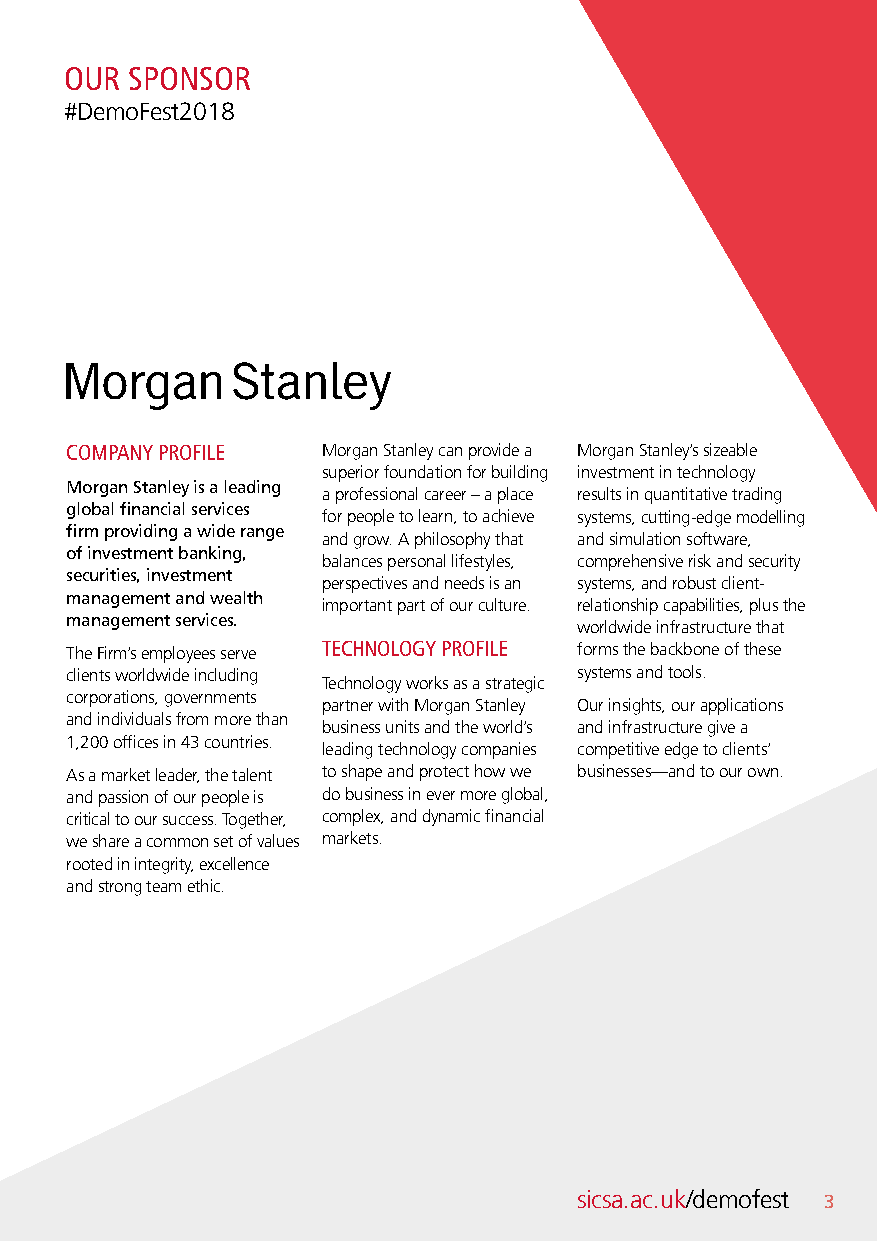
OUR  SPONSOR
 #DemoFest2018
 COMPANY PROFILE  Morgan Stanley can provide a Morgan Stanley’s sizeable
 superior foundation for building investment in technology
 Morgan Stanley is a leading
 a professional career – a place results in quantitative trading
 global financial services
 for people to learn, to achieve systems, cutting-edge modelling
 firm providing a wide range
 and grow. A philosophy that and simulation software,
 of investment banking,
 balances personal lifestyles, comprehensive risk and security
 securities, investment
 perspectives and needs is an systems, and robust client-
 management and wealth
 important part of our culture. relationship capabilities, plus the
 management services.
 worldwide infrastructure that
 The Firm’s employees serve TECHNOLOGY PROFILE forms the backbone of these
 clients worldwide including       systems and tools.
 Technology works as a strategic
 corporations, governments
 partner with Morgan Stanley Our insights, our applications
 and individuals from more than
 business units and the world’s and infrastructure give a
 1,200 offices in 43 countries.
 leading technology companies competitive edge to clients’
 As a market leader, the talent to shape and protect how we businesses—and to our own.
 and passion of our people is do business in ever more global,
 critical to our success. Together, complex, and dynamic financial
 we share a common set of values markets.
 rooted in integrity, excellence
 and strong team ethic.
 sicsa.ac.uk/demofest 3